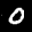
Label: 0